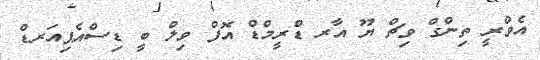
އެވްރީ ތިންގް ވިޗް ޔޫ އާރ ޑްރީމްޑް އޮފް ވިލް ބީ ޑިސްއެޕިއަރޑް